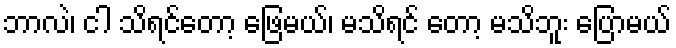
ဘာလဲ၊ ငါ သိရင်တော့ ဖြေမယ်၊ မသိရင် တော့ မသိဘူး ပြောမယ်